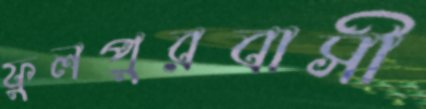
ফুলপুরবাসী